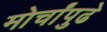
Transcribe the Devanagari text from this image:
मोर्चांपुढे